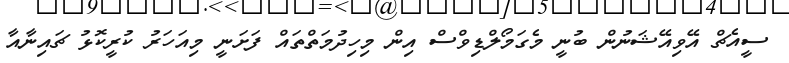
ސީއެޗް އޭވިއޭޝަނުން ބުނީ މެގަމޯލްޑިވްސް އިން މިހިދުމަތްތައް ފަށަނީ މިއަހަރު ކުރީކޮޅު ޗައިނާއާ